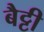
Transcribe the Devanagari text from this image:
बैट्टी